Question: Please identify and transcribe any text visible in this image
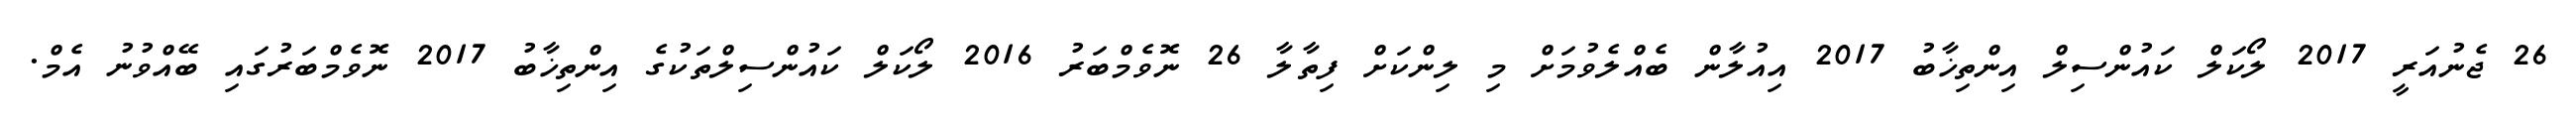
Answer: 26 ޖެނުއަރީ 2017 ލޯކަލް ކައުންސިލް އިންތިޚާބު 2017 އިއުލާން ބެއްލެވުމަށް މި ލިންކަށް ފިތާލާ 26 ނޮވެމްބަރު 2016 ލޯކަލް ކައުންސިލްތަކުގެ އިންތިޚާބު 2017 ނޮވެމްބަރުގައި ބޭއްވުނު އެމް.